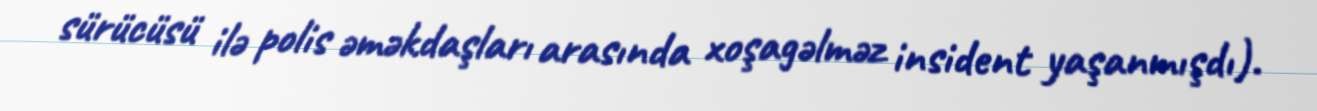
sürücüsü ilə polis əməkdaşları arasında xoşagəlməz insident yaşanmışdı).